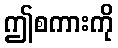
ဤစကားကို